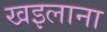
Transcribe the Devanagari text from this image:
खइलाना